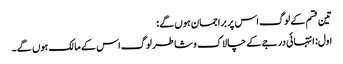
تین قسم کے لوگ اس پر براجمان ہوں گے:
اول: انتہائی درجے کے چالاک و شاطر لوگ اس کے مالک ہوں گے۔